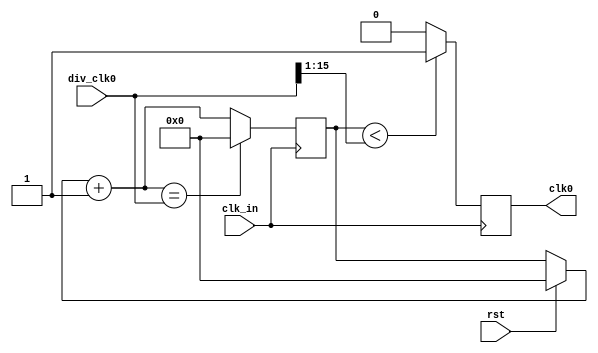
`timescale 1ns / 1ps
//////////////////////////////////////////////////////////////////////////////////
// Company: POWERLAB, DEPARTAMENTO DE ELECTRONICA, UTFSM
// 
// Design Name: 
// Module Name:    reloj_principal 
// Project Name: 
// Target Devices: 
// Tool versions: 
// Description: El mdulo cuenta con una entrada del reloj principal de la tarjeta
//					(clk_in) y 4 buses (div_clkX) para ingresar el valor de divisin
//					deseado para obtener un reloj de salida de menor frecuencia por las
//					respectivas salidas (clkX).
//
// Dependencies: 
//						clk_in	- Seal de reloj
//						div_clk0	- Divisor 0
//						div_clk1	- Divisor 1
//						div_clk2	- Divisor 2
//						div_clk3	- Divisor 3
//
// Revision: 
// Revision 0.01 - File Created
// Additional Comments: 
//
//////////////////////////////////////////////////////////////////////////////////
module Clk_Divider(clk_in, div_clk0, clk0, rst);

	input clk_in;							//Entrada del reloj principal
	input [15:0] div_clk0;				//Bus del divisor para salida clk0
	output reg clk0;						//Salida del reloj clk0
	
	input rst;
	//----------------------------------------------------------------------------
	//Variables internas //AQUI SE INICIALIZO EN CERO PARA SIMULAR
	reg [15:0] cont0;//=0;						//Contador de divisin del reloj clk0
	///////////////////////////////////////////////////////////////////////////////
	
	//Operacin de los contadores
	always @(posedge clk_in) begin
		if (rst)begin //ESTO ES LO NUEVO //hace underflow? siempre al parecer
			cont0=0;
		end 
		cont0 = cont0 + 1;
		if (cont0 == div_clk0)	//La cuenta es hasta el valor del divisor
			cont0 = 0;
	end
	
	//Generador sincrnico para CLKx 
	always @(posedge clk_in) begin
		if ( cont0 < {1'b0,div_clk0[15:1]} )
			clk0 = 1;
		else
			clk0 = 0;
	end
	
	///////////////////////////////////////////////////////////////////////////////
endmodule